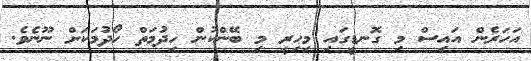
އަހަރެން އައިސް މި ގޮނޑީގައި މިހިރީ މި ބޭންކުން ހިދުމަތް ހޯދުމަކަށް ނޫނެވެ.